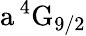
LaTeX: \mathrm{a\, ^{4}G_{9/2}}